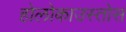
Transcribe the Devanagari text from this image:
होलोकाउस्तोस